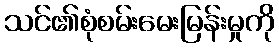
သင်၏စုံစမ်းမေးမြန်းမှုကို